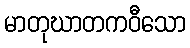
မာတုဃာတကဝီသော